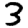
Digit: 3